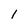
Character: l